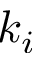
k _ { i }